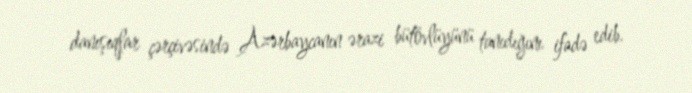
danışıqlar çərçivəsində Azərbaycanın ərazi bütövlüyünü tanıdığını ifadə edib.